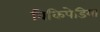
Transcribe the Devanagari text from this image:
विकिपेडिया